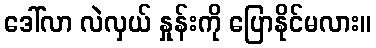
ဒေါ်လာ လဲလှယ် နှုန်းကို ပြောနိုင်မလား။